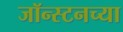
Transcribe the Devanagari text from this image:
जॉन्स्टनच्या